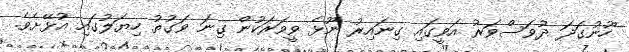
ހޫނުގަދަ ދުވަސްވަރު އަވީގައި ގިނައިރު ނޫޅެ ވީވަރަކުން ގިނަ ވަގުތު ހިޔަލުގައި އުޅޭށެވެ.